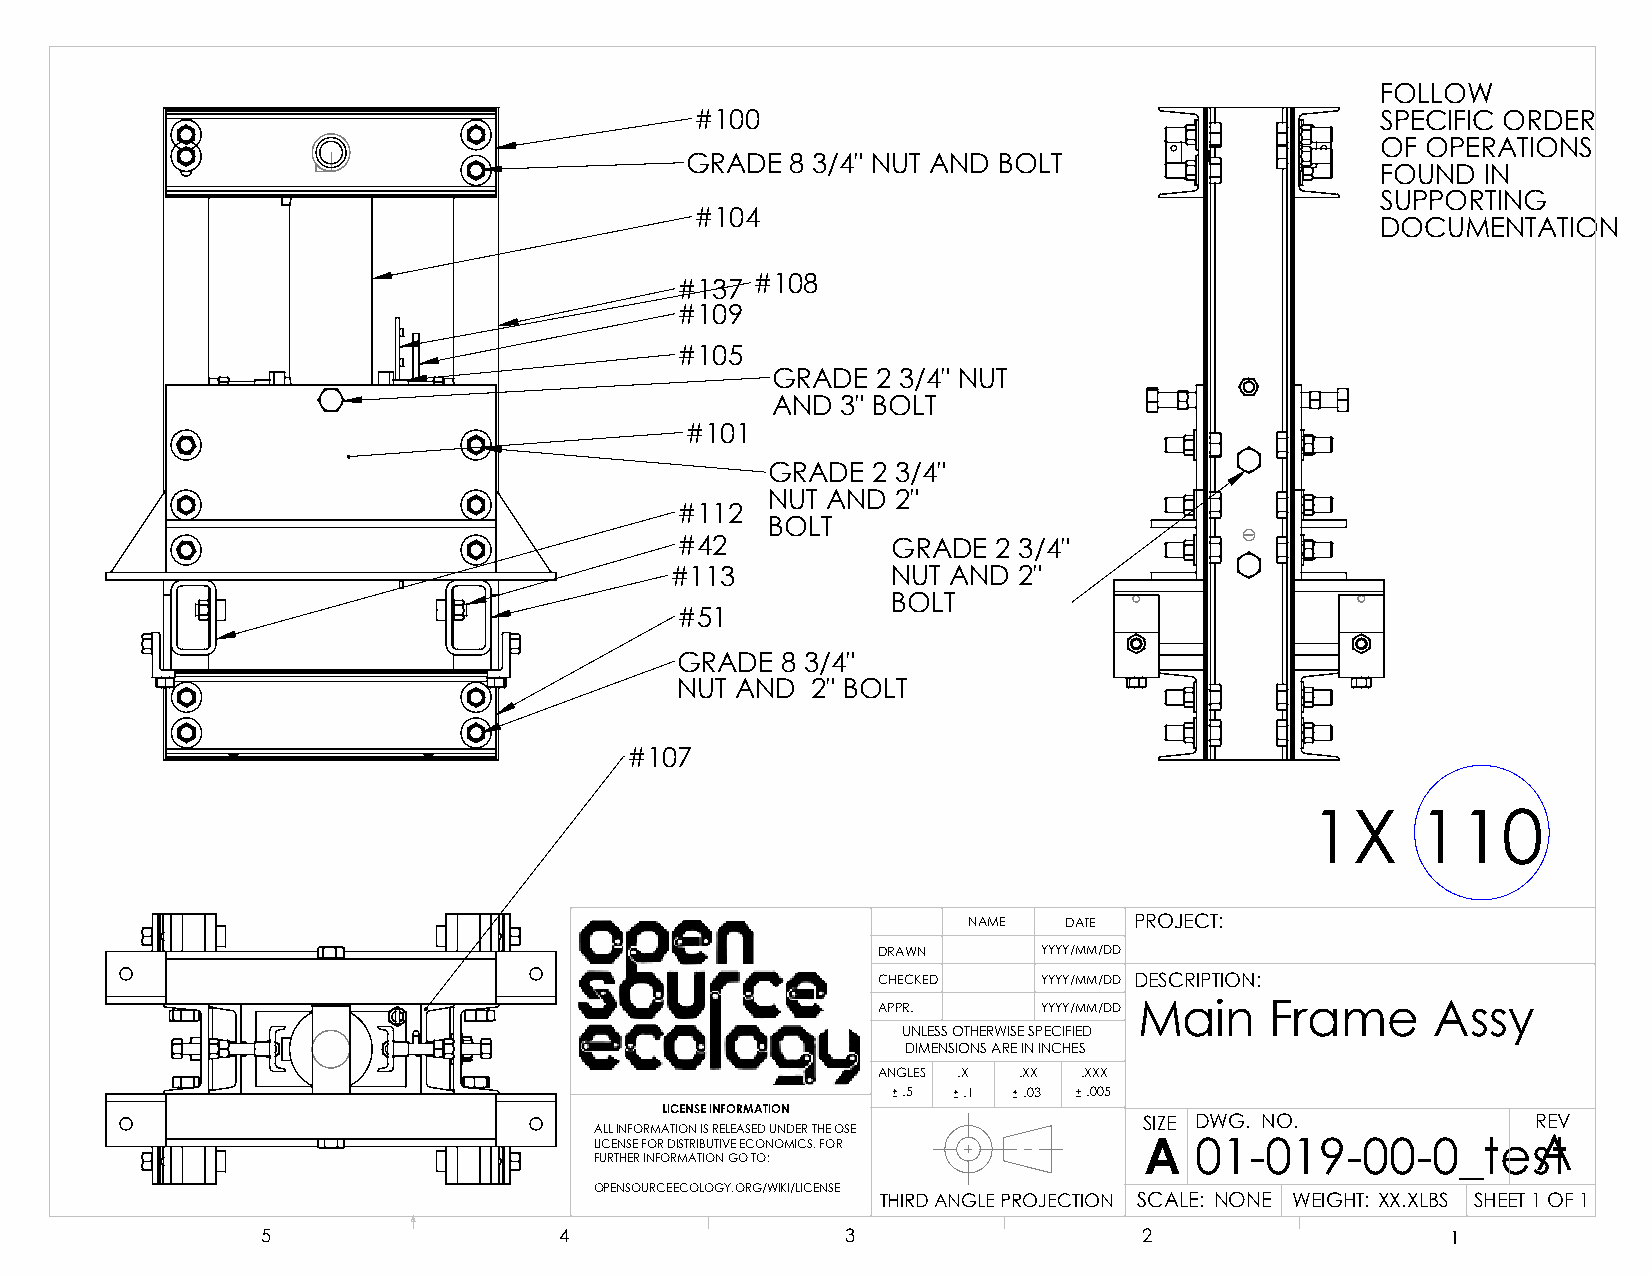
FOLLOW
 #100                                         SPECIFIC ORDER
 OF OPERATIONS
 GRADE  8 3/4" NUT AND BOLT
 FOUND  IN
 SUPPORTING
 #104
 DOCUMENTATION
 #137 #108
 #109
 #105
 GRADE  2 3/4" NUT
 AND  3" BOLT
 #101
 GRADE  2 3/4"
 NUT AND 2"
 #112
 BOLT
 #42           GRADE  2 3/4"
 #113           NUT AND 2"
 BOLT
 #51
 GRADE  8 3/4"
 NUT AND  2" BOLT
 #107
 1X     110
 NAME  DATE PROJECT:
 DRAWN      YYYY/MM/DD
 CHECKED    YYYY/MM/DD DESCRIPTION:
 APPR.      YYYY/MM/DD Main Frame     Assy
 UNLESS OTHERWISE SPECIFIED
 DIMENSIONS ARE IN INCHES
 ANGLES .X .XX .XXX
 .5  .1  .03 .005
 LICENSE INFORMATION
 SIZE DWG. NO.             REV
 ALL INFORMATION IS RELEASED UNDER THE OSE
 LICENSE FOR DISTRIBUTIVE ECONOMICS. FOR A 01-019-00-0_tesAt
 FURTHER INFORMATION GO TO:
 OPENSOURCEECOLOGY.ORG/WIKI/LICENSE
 THIRD ANGLE PROJECTION SCALE: NONE WEIGHT: XX.XLBS SHEET 1 OF 1
 5                   4                  3                   2                   1